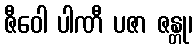
ဇီဝေါ ပါဏီ ပဇာ ဇန္တု၊